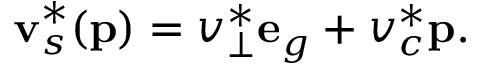
\mathbf { v } _ { s } ^ { * } ( \mathbf { p } ) = v _ { \bot } ^ { * } \mathbf { e } _ { g } + v _ { c } ^ { * } \mathbf { p } .